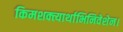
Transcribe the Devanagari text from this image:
किमशक्त्यार्थाभिनिवेशेन।